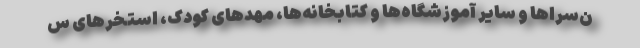
ن‌سراها و سایر آموزشگاه‌ها و کتابخانه‌ها، مهدهای کودک، استخرهای س